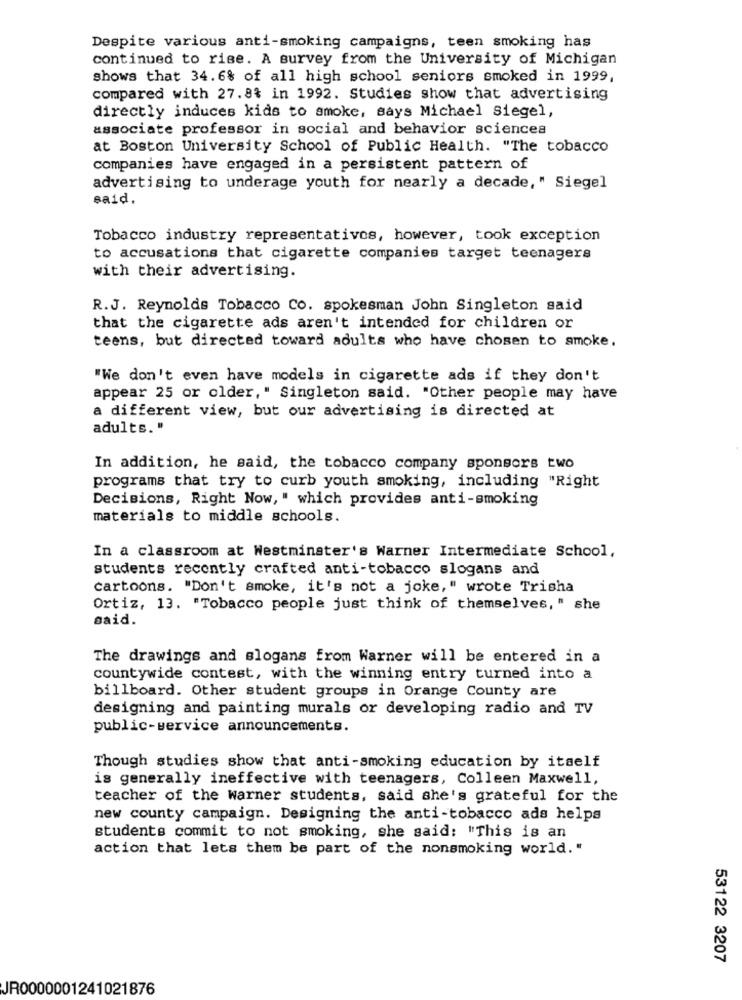
Despite various anti-smoking campaigns, teen smoking has
continued to rise. A survey from the University of Michigan
shows that 34.6% of all high school seniors smoked in 1999,
compared with 27.84 in 1992. Studies show that advertising
directly induces kids to smoke, says Michael siegel,
associate professor in social and behavior sciences
at Boston University School of Public Health. "The tobacco
companies have engaged in a persistent pattern of
advertising to underage youth for nearly a decade, " Siegel
said.
Tobacco industry representativos, however, took exception
to accusations that cigarette companies target teenagers
with their advertising.
R.J. Reynolds Tobacco Co. spokesman John Singleton said
that the cigarette ads aren't intended for children or
teens, but directed toward adults who have chosen to smoke.
"We don't even have models in cigarette ads if they don't
appear 25 or older," Singleton said. "Other people may have
a different view, but our advertising is directed at
adults. "
In addition, he said, the tobacco company sponsors two
programs that try to curb youth smoking, including "Right
Decisions, Right Now, " which provides anti-smoking
materials to middle schools.
In a classroom at Westminster's Warner Intermediate School,
students recently crafted anti-tobacco slogans and
cartoons. "Don't smoke, it's not a joke," wrote Trisha
Ortiz, 13. "Tobacco people just think of themselves, " she
said.
The drawings and slogans from Warner will be entered in a
countywide contest, with the winning entry turned into a
billboard. Other student groups in Orange County are
designing and painting murals or developing radio and TV
public-service announcements.
Though studies show that anti-smoking education by itself
is generally ineffective with teenagers, Colleen Maxwell,
teacher of the warner students, said she's grateful for the
new county campaign. Designing the anti-tobacco ads helps
students commit to not smoking, she said: "This is an
action that lets them be part of the nonsmoking world."
53122 3207
JR0000001241021876